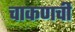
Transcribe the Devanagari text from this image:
चाकणची